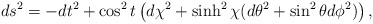
\begin{align*}ds^2 = - dt^2 + \cos^2t \left( d\chi^{2} + \sinh^2\chi (d\theta^2+\sin^{2}\theta d\phi^{2} ) \right),\end{align*}